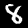
Label: 8